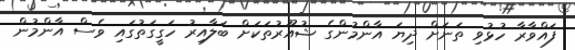
ފައްވާރާ ހުޅުވި ތަނަށް ދިޔަ އާންމުންގެ ޝުއޫރުތަކަށް ބަލާއިރު ހަގީގަތުގައި ވެސް އާންމުން